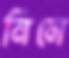
নিলে